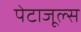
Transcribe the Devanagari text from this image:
पेटाजूल्स